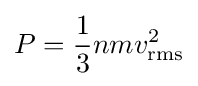
P={\frac {1}{3}}nmv_{\text{rms}}^{2}